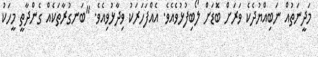
މަދީނަތުއް ނަބިއްޔުދެކެ ވަރަށް ބޮޑަށް ލޯބިފުޅުވެއެވެ. އެއްފަހަރަކު ވިދާޅުވިއެވެ. "ބަނގުރާތަކެއް ގެންދާތީ މީހަކު